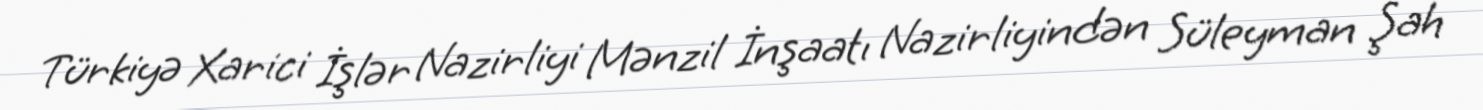
Türkiyə Xarici İşlər Nazirliyi Mənzil İnşaatı Nazirliyindən Süleyman Şah